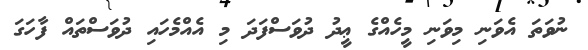
ނުވަތަ އެވަނި މިވަނި މީހެއްގެ ޢީދު ދުވަސްފަދަ މި އެއްމެހައި ދުވަސްތައް ފާހަގަ